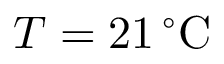
T = 2 1 \, ^ { \circ } \mathrm { C }